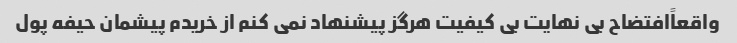
واقعاًافتضاح بی نهایت بی کیفیت هرگز پیشنهاد نمی کنم از خریدم پیشمان حیفه پول